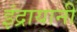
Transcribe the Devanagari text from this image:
इंद्रायानी